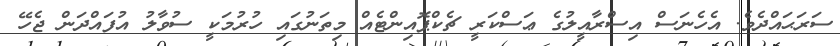
ސަރަޙައްދެވެ. އެހެނަސް އިސްރާއީލުގެ ޢަސްކަރީ ޗެކްޕޮއިންޓެއް މިތަނުގައި ހުރުމަކީ ސުވާލު އުފައްދަން ޖެހޭ